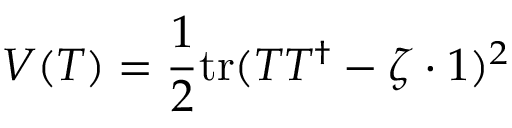
V ( T ) = \frac 1 2 \mathrm { t r } ( T T ^ { \dagger } - \zeta \cdot 1 ) ^ { 2 }